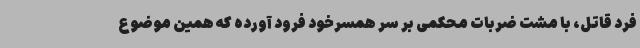
فرد قاتل، با مشت ضربات محکمی بر سر همسرخود فرود آورده که همین موضوع